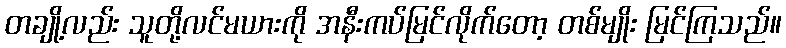
တချို့လည်း သူတို့လင်မယားကို အနီးကပ်မြင်လိုက်တော့ တစ်မျိုး မြင်ကြသည်။